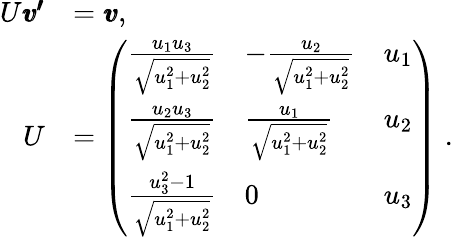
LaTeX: \begin{array}{rl}{U\pmb{v^{\prime}}}&{=\pmb{v},\; \; }\\ {U}&{=\left(\begin{array}{lll}{\frac{u_{1}u_{3}}{\sqrt{u_{1}^{2}+u_{2}^{2}}}}&{-\frac{u_{2}}{\sqrt{u_{1}^{2}+u_{2}^{2}}}}&{u_{1}}\\ {\frac{u_{2}u_{3}}{\sqrt{u_{1}^{2}+u_{2}^{2}}}}&{\frac{u_{1}}{\sqrt{u_{1}^{2}+u_{2}^{2}}}}&{u_{2}}\\ {\frac{u_{3}^{2}-1}{\sqrt{u_{1}^{2}+u_{2}^{2}}}}&{0}&{u_{3}}\end{array}\right)\; .}\end{array}